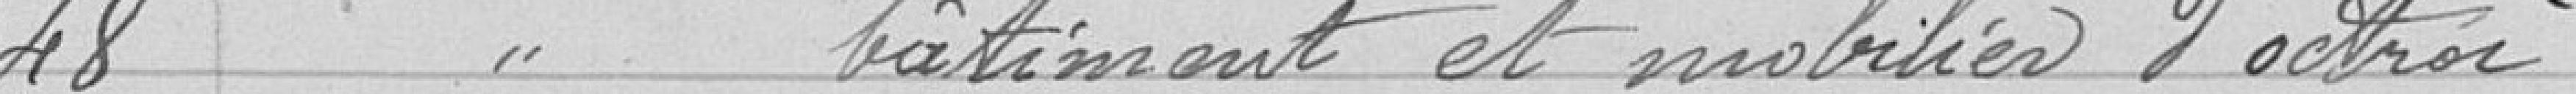
48 Entretien bâtiment et mobilier d'octroi